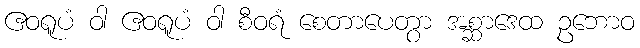
ဧဝရူပံ ဝါ ဧဝရူပံ ဝါ စီဝရံ စေတာပေတွာ အစ္ဆာဒေထ ဥဘောဝ